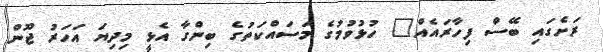
ރަށެގައި ބޭސް ފިހާރައެއް" ހުޅުވުމުގެ މަސައްކަތުގެ ބިންގާ އެޅީ މިދިޔަ އަހަރު ޖޫން